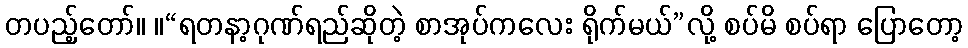
တပည့်တော်။ ။“ရတနာ့ဂုဏ်ရည်ဆိုတဲ့ စာအုပ်ကလေး ရိုက်မယ်”လို့ စပ်မိ စပ်ရာ ပြောတော့